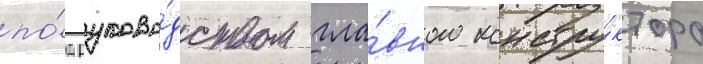
по́д руково́дством гла́вного констру́ктора